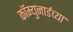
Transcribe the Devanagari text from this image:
कॉम्युनार्डच्या